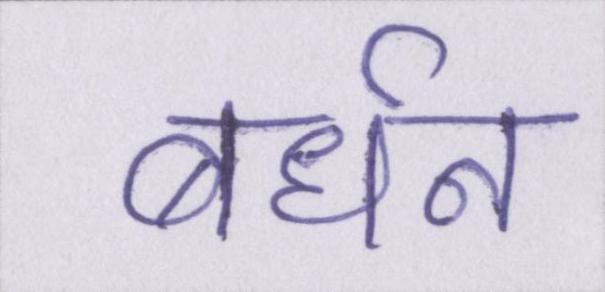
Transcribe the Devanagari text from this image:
बर्धन